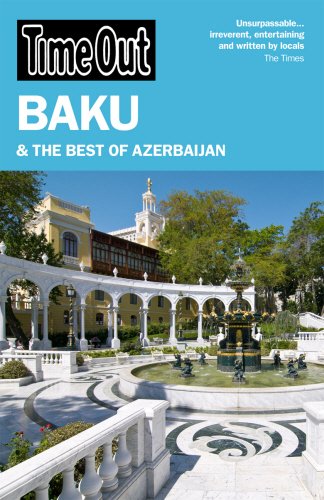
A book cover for Time Out Baku: and the Best of Azerbaijan (Time Out Guides); Travel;